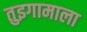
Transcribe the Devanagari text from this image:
तुइगामाला